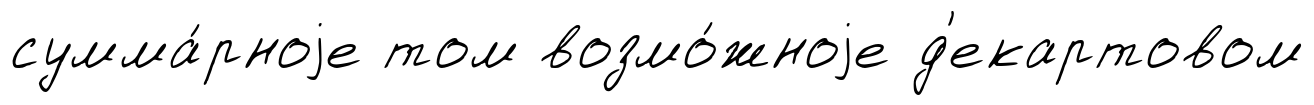
сумма́рноjе том возмо́жноjе д'екартовом